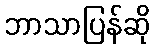
ဘာသာပြန်ဆို